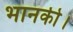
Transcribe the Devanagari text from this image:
भानकी।